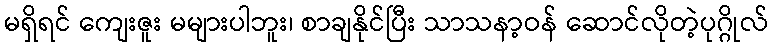
မရှိရင် ကျေးဇူး မများပါဘူး၊ စာချနိုင်ပြီး သာသနာ့ဝန် ဆောင်လိုတဲ့ပုဂ္ဂိုလ်